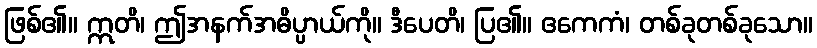
ဖြစ်၏။ ဣတိ၊ ဤအနက်အဓိပ္ပာယ်ကို။ ဒီပေတိ၊ ပြ၏။ ဧကေကံ၊ တစ်ခုတစ်ခုသော။